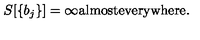
S [ \{ b _ { j } \} ] = \infty \mathrm { a l m o s t e v e r y w h e r e } .